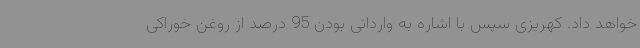
خواهد داد. کهریزی سپس با اشاره به وارداتی بودن 95 درصد از روغن خوراکی